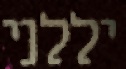
יללני